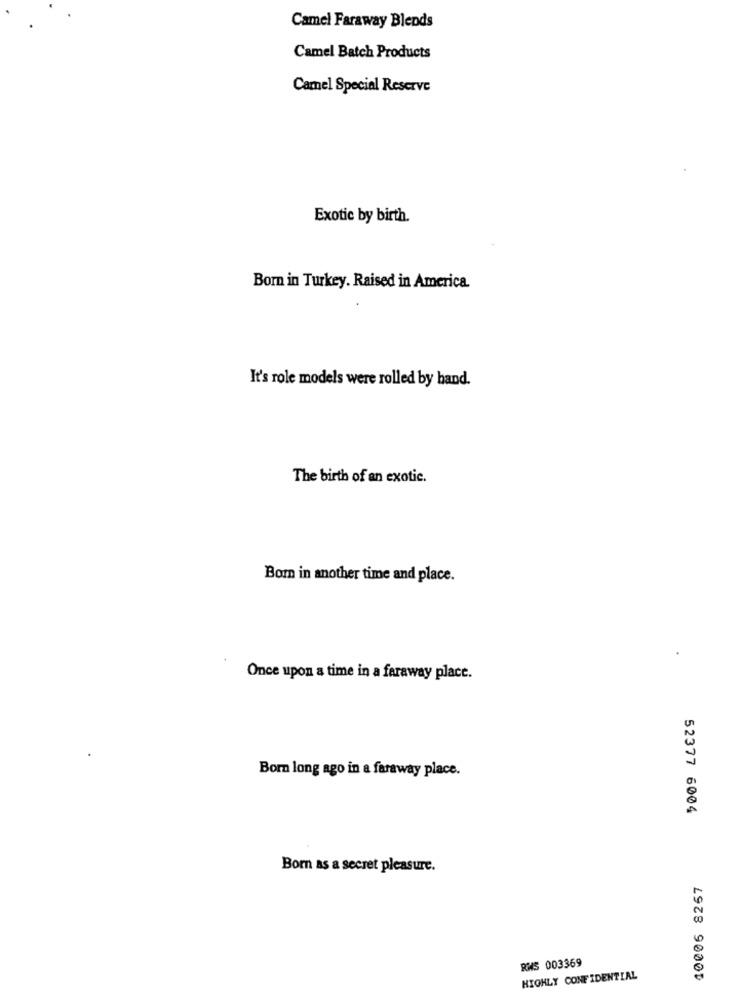
Camel Faraway Blends
Camel Batch Products
Camel Special Reserve
Exotic by birth.
Born in Turkey. Raised in America.
It's role models were rolled by hand.
The birth of an exotic.
Bom in another time and place.
Once upon a time in a faraway place.
Born long ago in a faraway place.
52377 6004
Born as a secret pleasure.
10006 8267
RWS 003369
HIGHLY CONFIDENTIAL